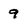
Character: 9